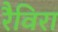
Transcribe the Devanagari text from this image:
रैविरा